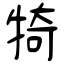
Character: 犄